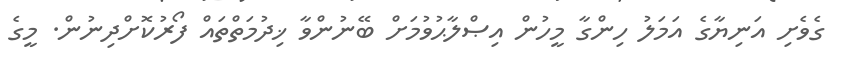
ގެވެށި އަނިޔާގެ އަމަލު ހިންގާ މީހުން އިޞްލާޙުވުމަށް ބޭނުންވާ ޚިދުމަތްތައް ފޯރުކޮށްދިނުން. މީގެ